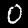
Digit: 0